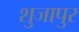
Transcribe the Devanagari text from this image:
शुजापुर